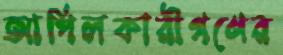
আপিলকারীগণের